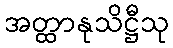
အတ္ထာနုသိဋ္ဌီသု